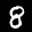
Label: 8